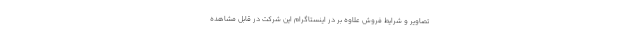
تصاویر و شرایط فروش علاوه بر در اینستاگرام این شرکت در قابل مشاهده